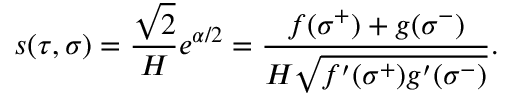
s ( \tau , \sigma ) = \frac { \sqrt { 2 } } { H } e ^ { \alpha / 2 } = \frac { f ( \sigma ^ { + } ) + g ( \sigma ^ { - } ) } { H \sqrt { f ^ { \prime } ( \sigma ^ { + } ) g ^ { \prime } ( \sigma ^ { - } ) } } .